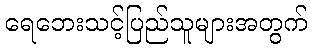
ရေဘေးသင့်ပြည်သူများအတွက်